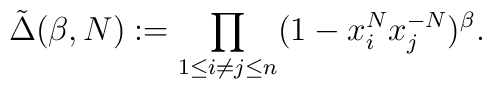
\tilde{\Delta}(\beta,N) := \prod_{1\leq i \neq j \leq n} ( 1 - x_i^N x_j^{-N})^{\beta}.